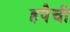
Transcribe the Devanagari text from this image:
हपैची